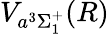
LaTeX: V_{a^{3}\Sigma_{1}^{+}}(R)